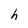
Character: h